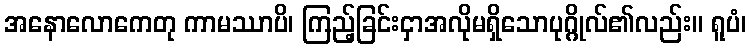
အနောလောကေတု ကာမဿာပိ၊ ကြည့်ခြင်းငှာအလိုမရှိသောပုဂ္ဂိုလ်၏လည်း။ ရူပံ၊